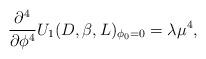
LaTeX: \begin{align*}\frac{\partial ^{4}}{\partial \phi ^{4}}U_{1}(D,\beta ,L)_{\phi_{0}=0}=\lambda \mu ^{4}, \end{align*}